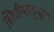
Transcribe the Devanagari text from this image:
लिपीबरहुकूम